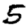
Digit: 5